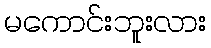
မကောင်းဘူးလား